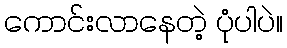
ကောင်းလာနေတဲ့ ပုံပါပဲ။